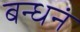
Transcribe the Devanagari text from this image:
बन्धनं